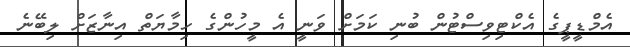
އެމްޑީޕީގެ އެކްޓިވިސްޓުން ބުނި ކަމަށް ވަނީ އެ މީހުންގެ ހިމާޔަތް އިނާޒަށް ލިބޭނެ